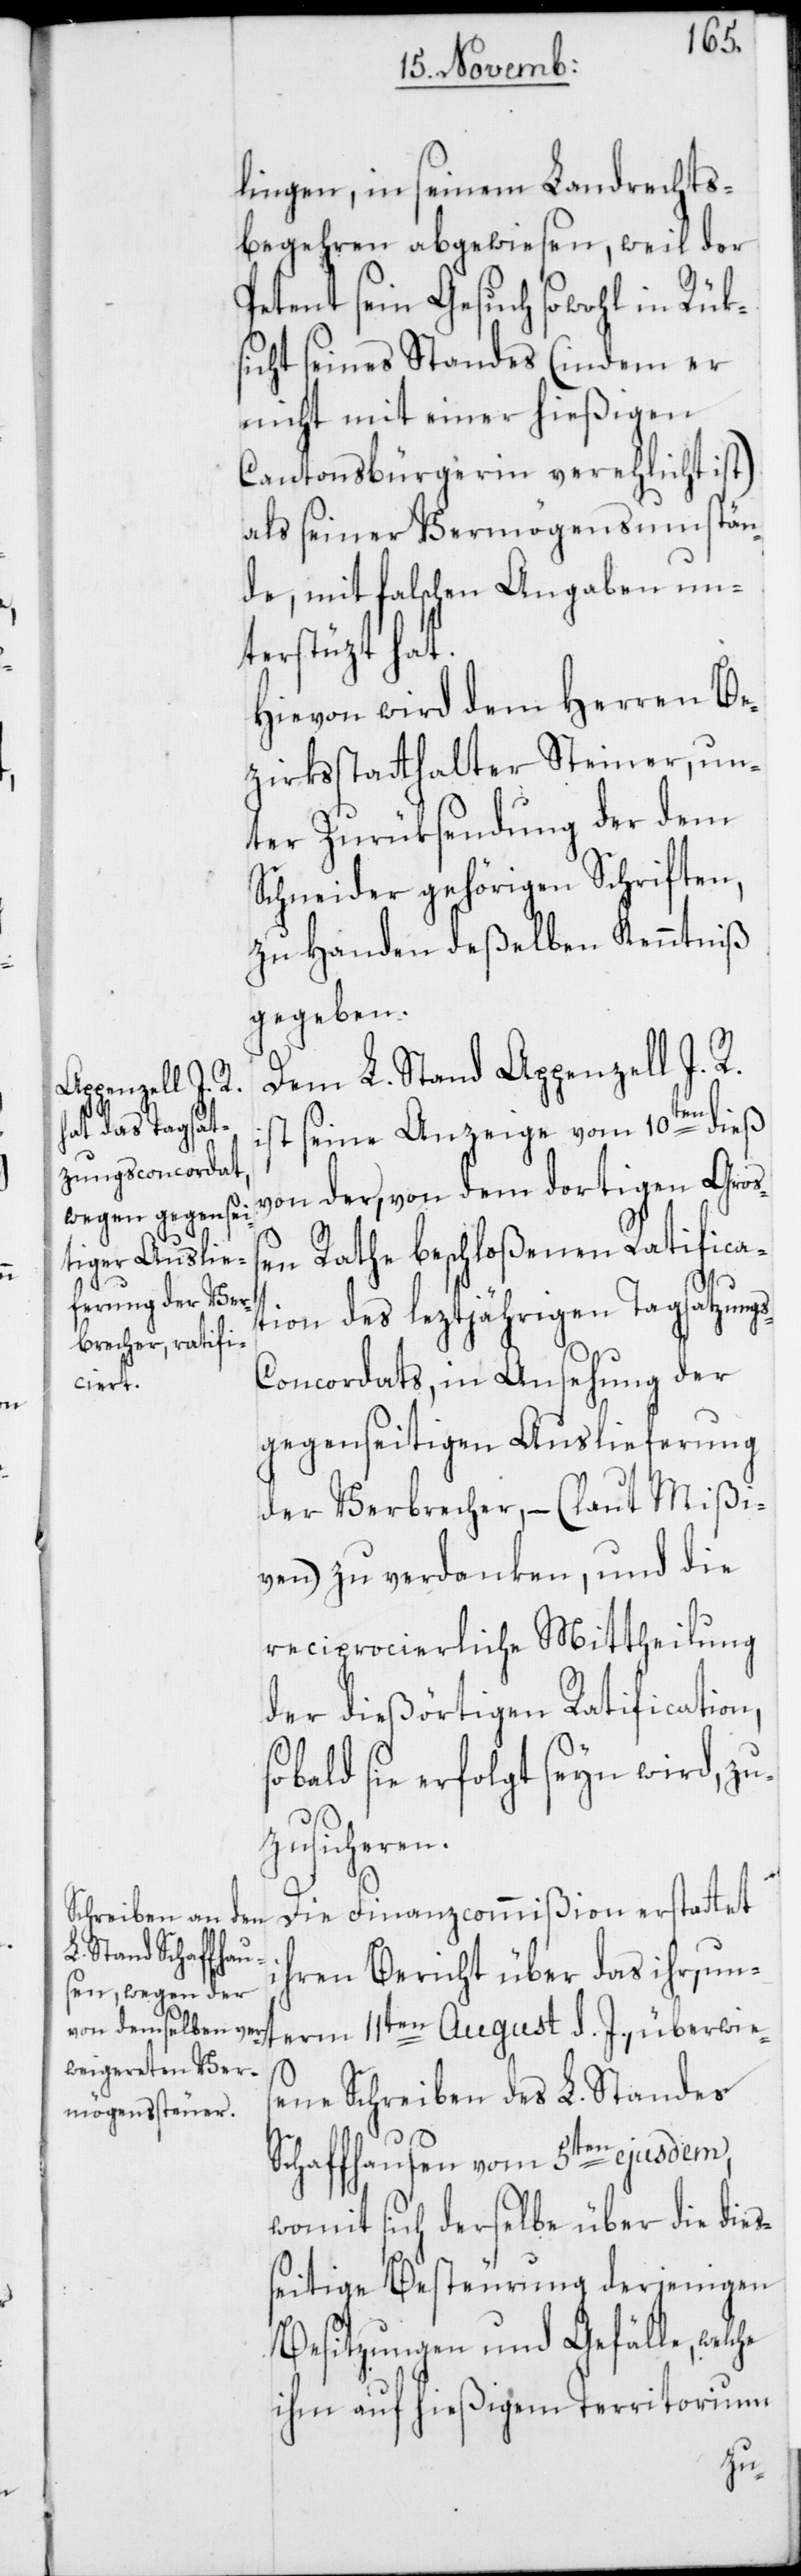
s-C¬
lingen, in seinem Landrechts¬
begehren abgewiesen, weil der
Petent sein Gesuch sowohl in Rük¬
sicht seines Standes (indem er
nicht mit einer hießigen
Cantonsbürgerin verehlicht ist)
als seiner Vermögensumstän¬
de, mit falschen Angaben un¬
terstüzt hat.
Hievon wird dem Herren Be¬
zirksstatthalter Steiner, un¬
ter Zurüksendung der dem
Schneider gehörigen Schriften,
zu Handen deßelben Kenntniß
gegeben.
Dem L. Stand Appenzell I. R.
ist seine Anzeige vom 10ten dieß
von der, von dem dortigen Groß¬
en Rathe beschloßenen Ratifica¬
tion des leztjährigen Tagsatzung¬
oncordats, in Ansehung der
gegenseitigen Auslieferung
der Verbrecher, – (laut Mißi¬
ven) zu verdanken, und die
reciprocierliche Mittheilung
der dießörtigen Ratification,
bald sie erfolgt seyn wird, zu¬
zusicheren.
Die Finanzcommißion erstattet
hren Bericht über das ihr, un¬
term 11ten August d. J., überwies¬
ene Schreiben des L. Standes
Schaffhausen vom 5ten ejusdem,
womit sich derselbe über die die¬
ßeitige Besteurung derjenigen
Besitzungen und Gefälle, welche
ihm auf hießigem Territorium
i¬